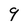
Character: 9